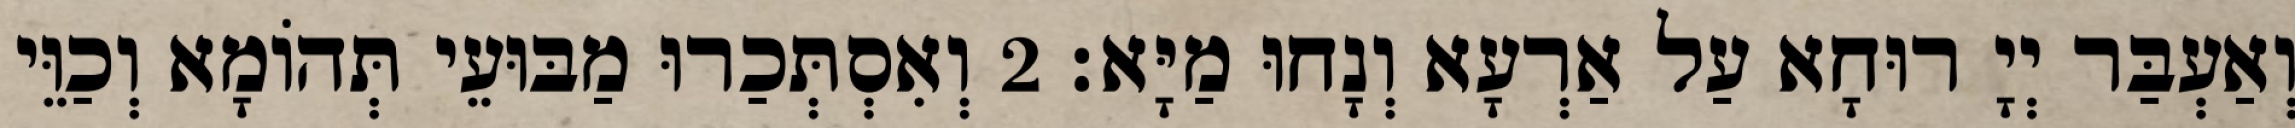
וְאַעְבַּר יְיָ רוּחָא עַל אַרְעָא וְנָחוּ מַיָּא׃ 2 וְאִסְתְּכַרוּ מַבּוּעֵי תְּהוֹמָא וְכַוֵּי